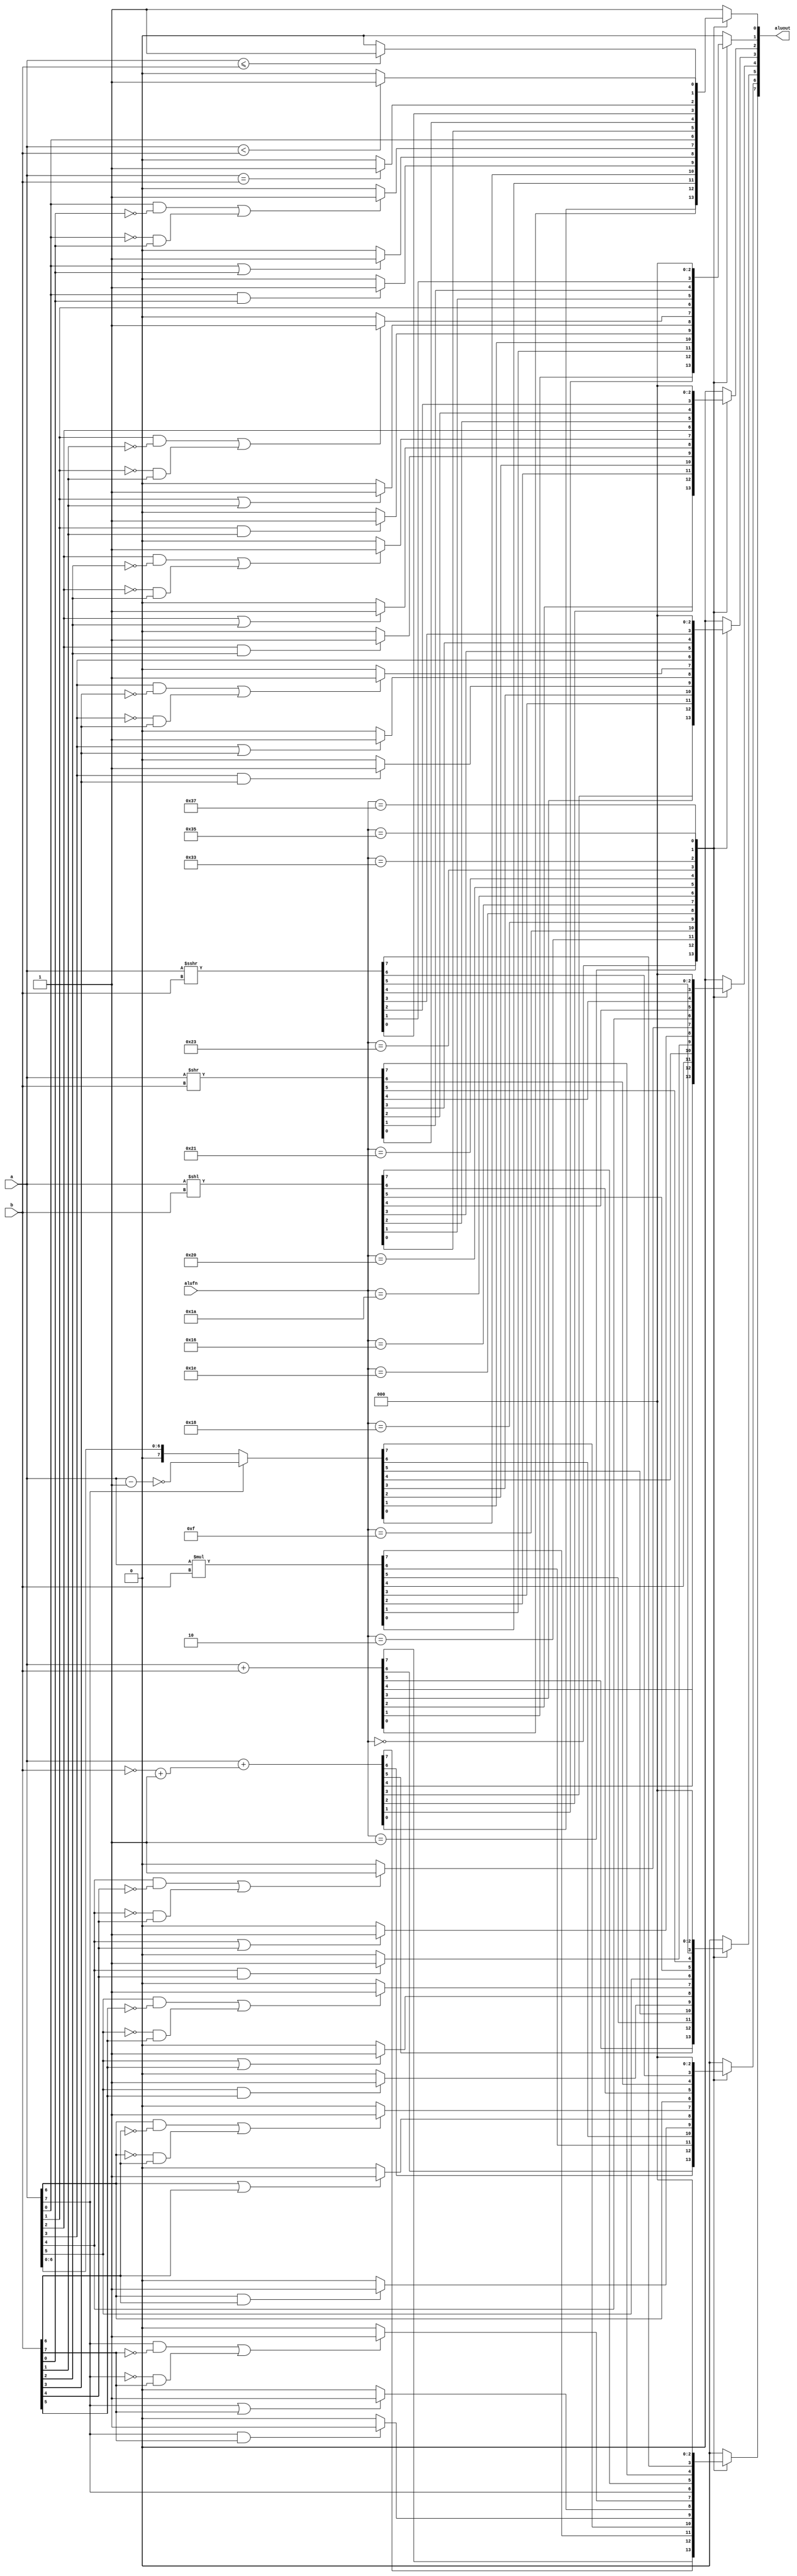
/*
   This file was generated automatically by the Mojo IDE version B1.2.6.
   Do not edit this file directly. Instead edit the original Lucid source.
   This is a temporary file and any changes made to it will be destroyed.
*/

module alu8bit_29 (
    input [5:0] alufn,
    input [7:0] a,
    input [7:0] b,
    output reg [7:0] aluout
  );
  
  
  
  reg [7:0] xb;
  
  integer i;
  
  always @* begin
    
    case (alufn)
      6'h00: begin
        xb = b;
        aluout = a + xb;
      end
      6'h01: begin
        xb = ~b + 1'h1;
        aluout = a + xb;
      end
      6'h02: begin
        aluout = a * b;
      end
      6'h0f: begin
        if (a[7+0-:1] == 1'h0) begin
          aluout = a;
        end else begin
          aluout = ~(a - 1'h1);
        end
      end
      6'h18: begin
        for (i = 1'h0; i < 4'h8; i = i + 1) begin
          if (a[(i)*1+0-:1] == 1'h1 && b[(i)*1+0-:1] == 1'h1) begin
            aluout[(i)*1+0-:1] = 1'h1;
          end else begin
            aluout[(i)*1+0-:1] = 1'h0;
          end
        end
      end
      6'h1e: begin
        for (i = 1'h0; i < 4'h8; i = i + 1) begin
          if (a[(i)*1+0-:1] == 1'h1 || b[(i)*1+0-:1] == 1'h1) begin
            aluout[(i)*1+0-:1] = 1'h1;
          end else begin
            aluout[(i)*1+0-:1] = 1'h0;
          end
        end
      end
      6'h16: begin
        for (i = 1'h0; i < 4'h8; i = i + 1) begin
          if ((a[(i)*1+0-:1] == 1'h1 && b[(i)*1+0-:1] == 1'h0) || (a[(i)*1+0-:1] == 1'h0 && b[(i)*1+0-:1] == 1'h1)) begin
            aluout[(i)*1+0-:1] = 1'h1;
          end else begin
            aluout[(i)*1+0-:1] = 1'h0;
          end
        end
      end
      6'h1a: begin
        aluout = a;
      end
      6'h20: begin
        aluout = a << b;
      end
      6'h21: begin
        aluout = a >> b;
      end
      6'h23: begin
        aluout = $signed(a) >>> b;
      end
      6'h33: begin
        if (a == b) begin
          aluout = 1'h1;
        end else begin
          aluout = 1'h0;
        end
      end
      6'h35: begin
        if (a < b) begin
          aluout = 1'h1;
        end else begin
          aluout = 1'h0;
        end
      end
      6'h37: begin
        if (a <= b) begin
          aluout = 1'h1;
        end else begin
          aluout = 1'h0;
        end
      end
      default: begin
        aluout = 8'h01;
      end
    endcase
  end
endmodule